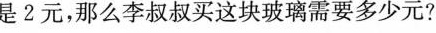
是2元，那么李叔叔买这块玻璃需要多少元?